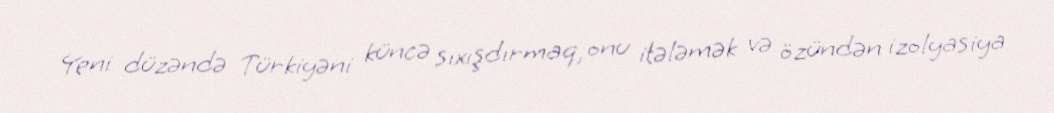
Yeni düzəndə Türkiyəni küncə sıxışdırmaq, onu itələmək və özündən izolyasiya